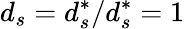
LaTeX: d_{s}=d_{s}^{*}/d_{s}^{*}=1